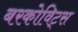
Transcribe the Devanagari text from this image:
बरकोविट्स